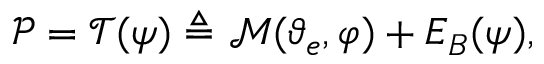
\boldsymbol { \mathcal { P } } = \mathcal { T } ( \boldsymbol { \psi } ) \triangleq \mathcal { M } ( \boldsymbol { \vartheta } _ { e } , \boldsymbol { \varphi } ) + \boldsymbol { E } _ { B } ( \boldsymbol { \psi } ) ,